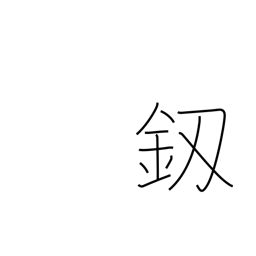
Meaning: dagger